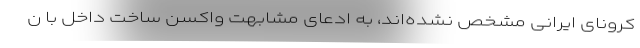
کرونای ایرانی مشخص نشده‌اند، به ادعای مشابهت واکسن ساخت داخل با ن